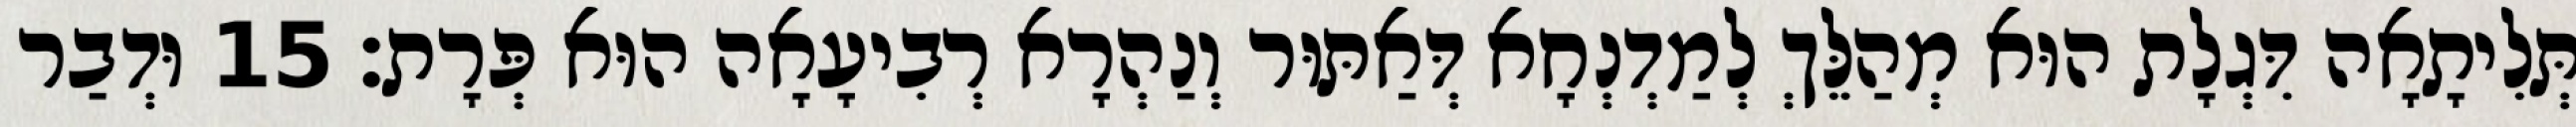
תְּלִיתָאָה דִּגְלָת הוּא מְהַלֵּךְ לְמַדְנְחָא דְּאַתּוּר וְנַהְרָא רְבִיעָאָה הוּא פְּרָת׃ 15 וּדְבַר